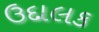
ઉદાલક